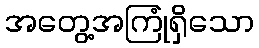
အတွေ့အကြုံရှိသော